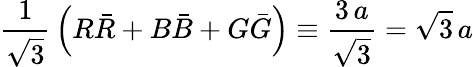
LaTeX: {\frac{1}{\sqrt{3}}}\left(R\bar{R}+B\bar{B}+G\bar{G}\right)\equiv{\frac{3\, a}{\sqrt{3}}}=\sqrt{3}\, a